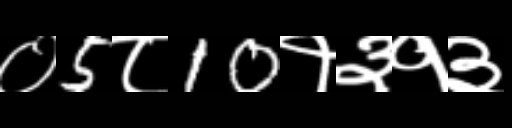
Text: ०5८10१३१३